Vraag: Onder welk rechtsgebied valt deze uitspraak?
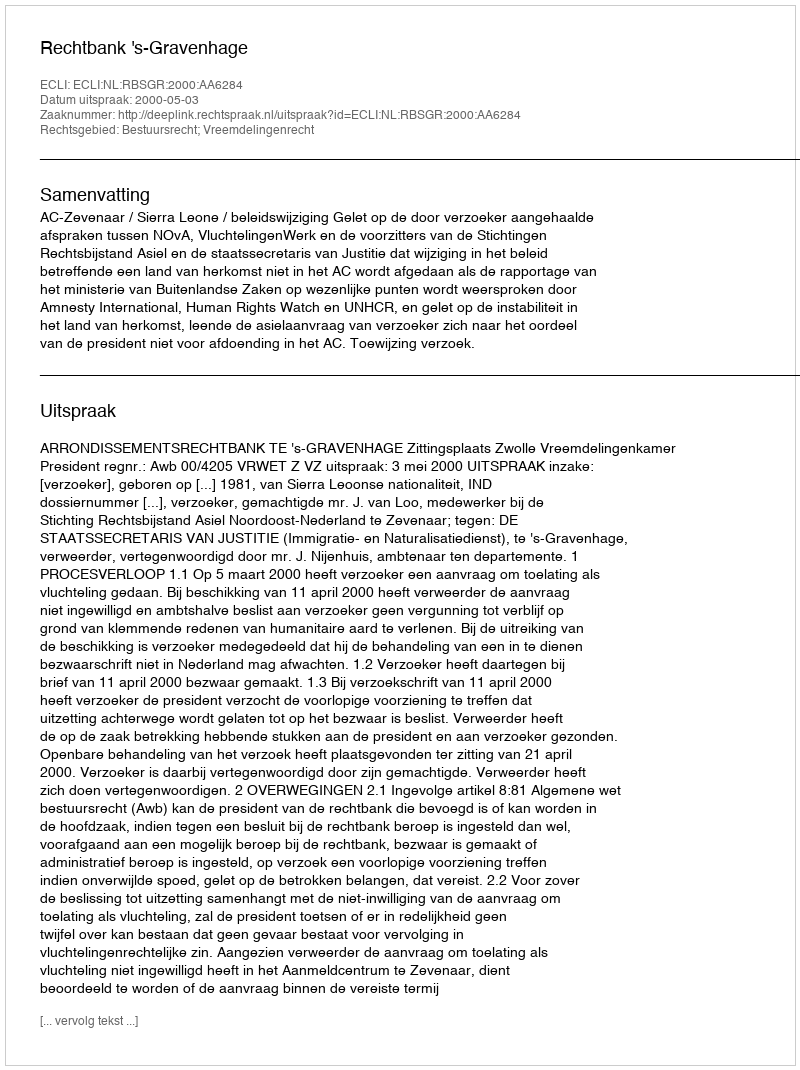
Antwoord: Bestuursrecht; Vreemdelingenrecht